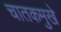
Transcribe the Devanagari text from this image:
चातकमुखे